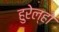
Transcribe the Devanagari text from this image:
हुरेल्हो